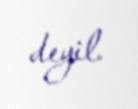
deyil.